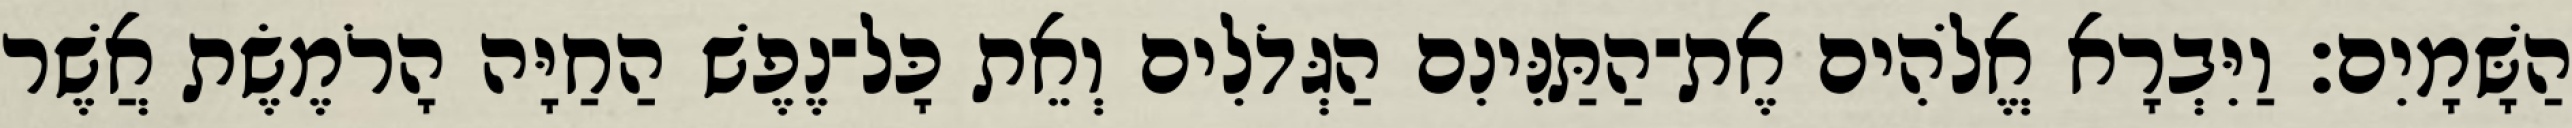
הַשָּׁמָיִם׃ וַיִּבְרָא אֱלֹהִים אֶת־הַתַּנִּינִם הַגְּדֹלִים וְאֵת כָּל־נֶפֶשׁ הַחַיָּה הָרֹמֶשֶׂת אֲשֶׁר